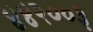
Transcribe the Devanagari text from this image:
४४२००३